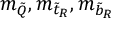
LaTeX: m _ { \tilde { Q } } , m _ { { \tilde { t } } _ { R } } , m _ { { \tilde { b } } _ { R } }